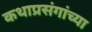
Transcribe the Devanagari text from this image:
कथाप्रसंगांच्या